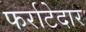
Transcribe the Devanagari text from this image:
फर्राटेदार